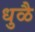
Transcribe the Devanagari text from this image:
धुळै